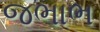
જભાભ